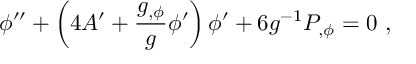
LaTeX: \phi ^ { \prime \prime } + \left( 4 A ^ { \prime } + { \frac { g _ { , \phi } } { g } } \phi ^ { \prime } \right) \phi ^ { \prime } + 6 g ^ { - 1 } P _ { , \phi } = 0 \ ,